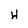
Character: H